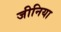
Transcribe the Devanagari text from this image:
जीनिया